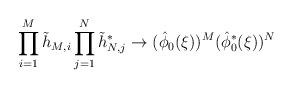
LaTeX: \begin{align*}\prod_{i=1}^M \tilde{h}_{M,i}\prod_{j=1}^N \tilde{h}_{N,j}^*\to (\hat{\phi}_0(\xi))^M(\hat{\phi}_0^*(\xi))^N\end{align*}